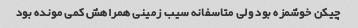
چیکن خوشمزه بود ولی متاسفانه سیب زمینی همراهش کمی مونده بود